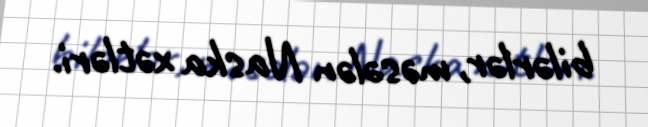
bilərlər, məsələn Naska xətləri.